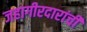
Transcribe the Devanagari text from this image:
जहागीरदारांची